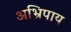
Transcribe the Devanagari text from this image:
अभ्रिपाय